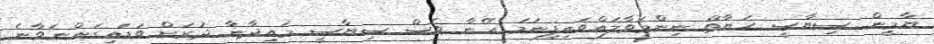
ޔާމީން ސިޔާސީ ހަޔާތް ނިންމަވާލައްވައިފިނަމަ އޭނާ ވެސް ސިޔާސީ މައިދާނާ ދުރަށް ވަޑައިިގަންނަވާނެ